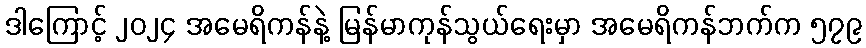
ဒါကြောင့် ၂၀၂၄ အမေရိကန်နဲ့ မြန်မာကုန်သွယ်ရေးမှာ အမေရိကန်ဘက်က ၅၇၉